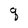
Character: q